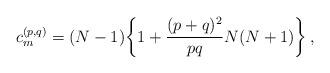
LaTeX: \begin{align*}c^{(p,q)}_m = (N-1)\bigg\{1+{(p+q)^2\over pq}N(N+1)\bigg\}\,,\end{align*}